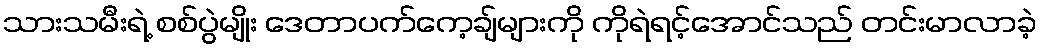
သားသမီးရဲ့ စစ်ပွဲမျိုး ဒေတာပက်ကေ့ချ်များကို ကိုရဲရင့်အောင်သည် တင်းမာလာခဲ့